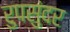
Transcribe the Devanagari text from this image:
रुपसुंदर